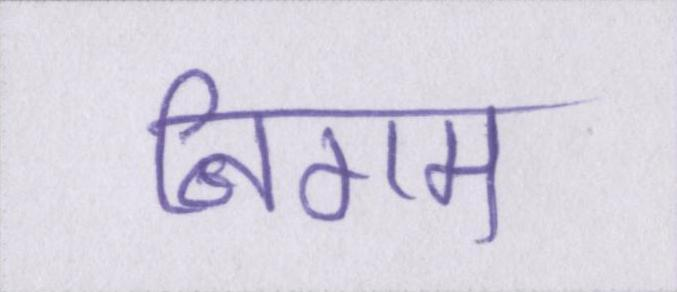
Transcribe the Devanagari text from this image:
निगम